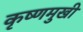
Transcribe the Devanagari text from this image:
कृष्णमुखी